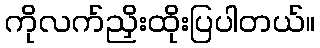
ကိုလက်ညှိးထိုးပြပါတယ်။